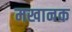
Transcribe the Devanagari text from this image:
मखानक